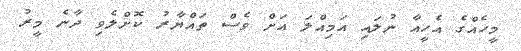
މީހެއްގެ އެހީއާ ނުލައި އަމިއްލަ އަށް ވެސް ތައްޔާރު ކޮށްލެވި ދާނެ މީރު